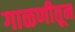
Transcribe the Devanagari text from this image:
गाळणीतून